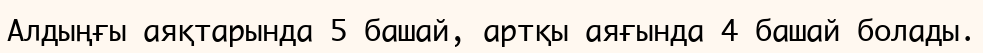
Алдыңғы аяқтарында 5 башай, артқы аяғында 4 башай болады.